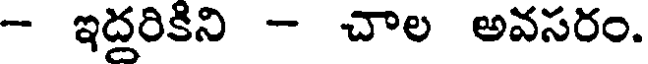
- ఇదరికిని - చాల అవసరం.